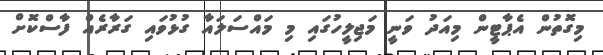
މިގޮތުން އެޕާޓީން މިއަދު ވަނީ މަޖިލީހުގައި މި މައްސަލައާ ގުޅުވައި ގަރާރެއް ފާސްކޮށް